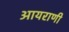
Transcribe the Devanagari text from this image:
आयराणी